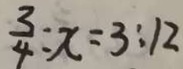
\frac { 3 } { 4 } : x = 3 : 1 2